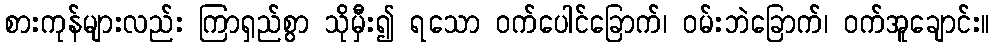
စားကုန်များလည်း ကြာရှည်စွာ သိုမှီး၍ ရသော ဝက်ပေါင်ခြောက်၊ ဝမ်းဘဲခြောက်၊ ဝက်အူချောင်း။